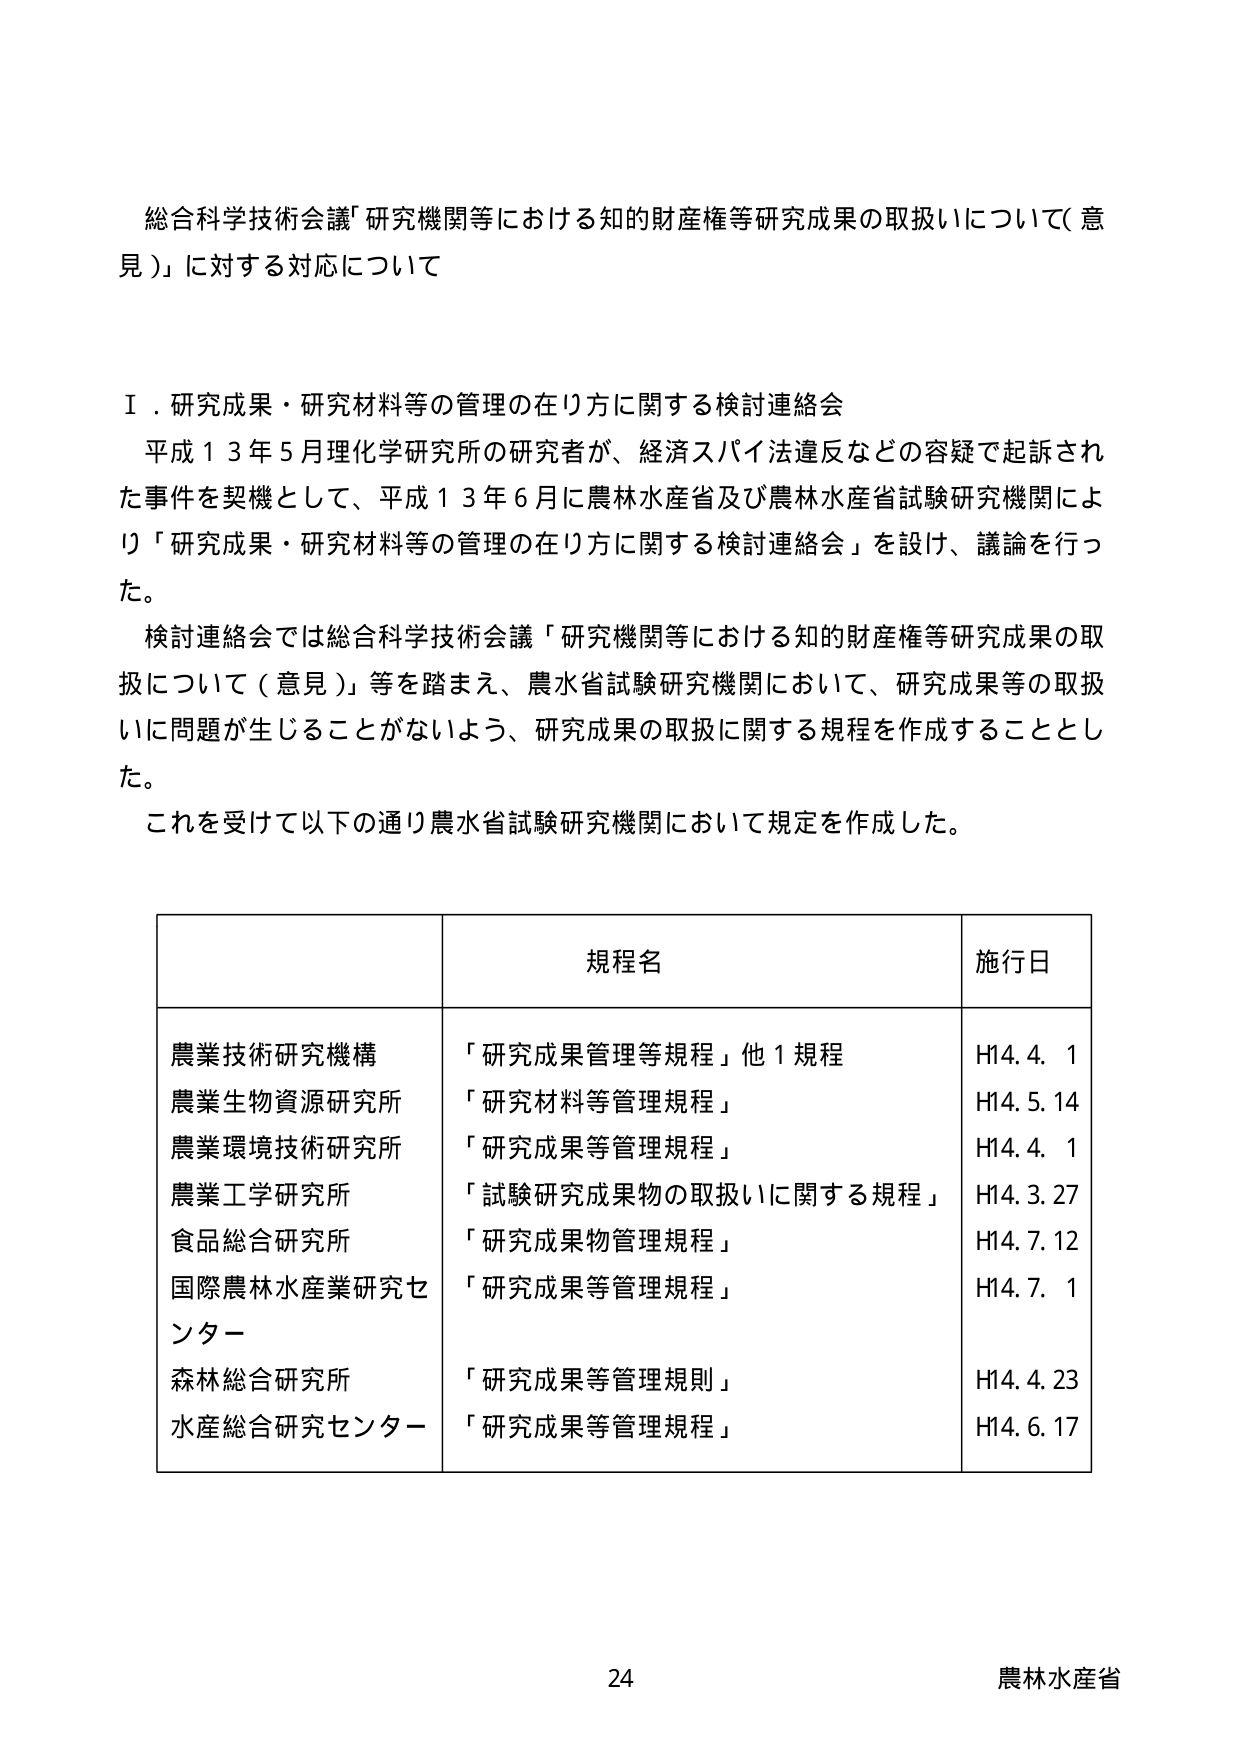
総合科学技術会議「研究機関等における知的財産権等研究成果の取扱いについて（意見）」に対する対応について

Ⅰ．研究成果・研究材料等の管理の在り方に関する検討連絡会
平成１３年５月理化学研究所の研究者が、経済スパイ法違反などの容疑で起訴された事件を契機として、平成１３年６月に農林水産省及び農林水産省試験研究機関により「研究成果・研究材料等の管理の在り方に関する検討連絡会」を設け、議論を行った。
検討連絡会では総合科学技術会議「研究機関等における知的財産権等研究成果の取扱いについて（意見）」等を踏まえ、農水省試験研究機関において、研究成果等の取扱いに問題が生じることがないよう、研究成果の取扱に関する規程を作成することとした。
これを受けて以下の通り農水省試験研究機関において規定を作成した。

規程名　　　　　　　　　　　　　　　　　　　　　　　　　施行日
農業技術研究機構　　　　　　「研究成果管理等規程」他１規程　　　　H14.4.1
農業生物資源研究所　　　　「研究材料等管理規程」　　　　　　　　H14.5.14
農業環境技術研究所　　　　「研究成果等管理規程」　　　　　　　　H14.4.1
農業工学研究所　　　　　　「試験研究成果物の取扱いに関する規程」　H14.3.27
食品総合研究所　　　　　　「研究成果物管理規程」　　　　　　　　H14.7.12
国際農林水産業研究センター　「研究成果等管理規程」　　　　　　　H14.7.1
森林総合研究所　　　　　　「研究成果等管理規則」　　　　　　　　H14.4.23
水産総合研究センター　　　「研究成果等管理規程」　　　　　　　　H14.6.17

24　　　　　　　　　　　　　　　　　　　　　　　　　農林水産省